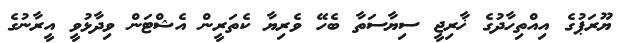
ޔޫރަޕުގެ އިއްތިހާދުގެ ޚާރިޖީ ސިޔާސަތާ ބެހޭ ވެރިޔާ ކެތަރީން އެޝްޓަން ވިދާޅުވީ އީރާނުގެ